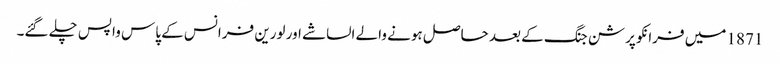
1871 میں فرانکو پرشن جنگ کے بعد حاصل ہونے والے الساشے اور لورین فرانس کے پاس واپس چلے گئے۔